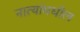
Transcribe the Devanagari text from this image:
नात्यांमधील